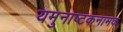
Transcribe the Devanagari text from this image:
यमुनाष्टकनामक